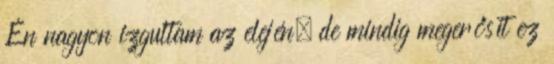
Én nagyon izgultam az elején, de mindig megerősít ez